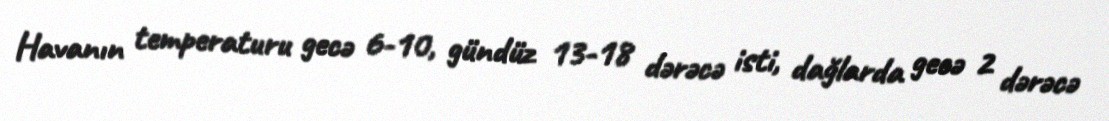
Havanın temperaturu gecə 6-10, gündüz 13-18 dərəcə isti, dağlarda gecə 2 dərəcə